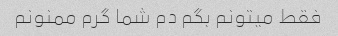
فقط میتونم بگم دم شما گرم ممنونم